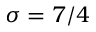
\sigma = 7 / 4